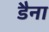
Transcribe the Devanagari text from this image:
डैना